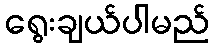
ရွေးချယ်ပါမည်